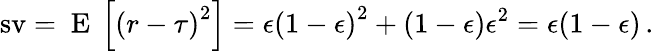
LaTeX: \operatorname{sv}=\mathrm{~E~}\left[\left(r-\tau\right)^{2}\right]=\epsilon\left(1-\epsilon\right)^{2}+\left(1-\epsilon\right)\epsilon^{2}=\epsilon(1-\epsilon)\, .